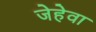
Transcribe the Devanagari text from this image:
जेहेवा